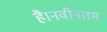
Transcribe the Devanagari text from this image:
है।नवीनतम